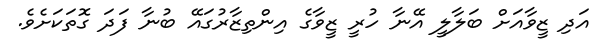
އަދި ޒީވާއަށް ބަލާލީ އޭނާ ހުރީ ޒީވާގެ އިންތިޒާރުގައޭ ބުނާ ފަދަ ގޮތަކަށެވެ.